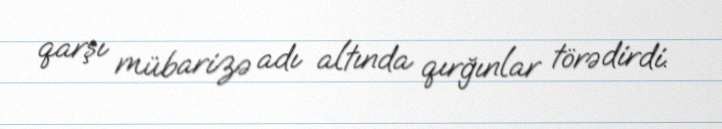
qarşı mübarizə adı altında qırğınlar törədirdi.